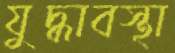
যুদ্ধাবস্থা